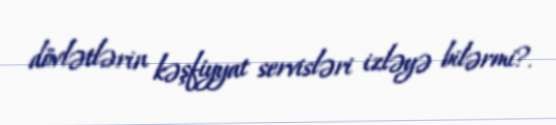
dövlətlərin kəşfiyyat servisləri izləyə bilərmi?.